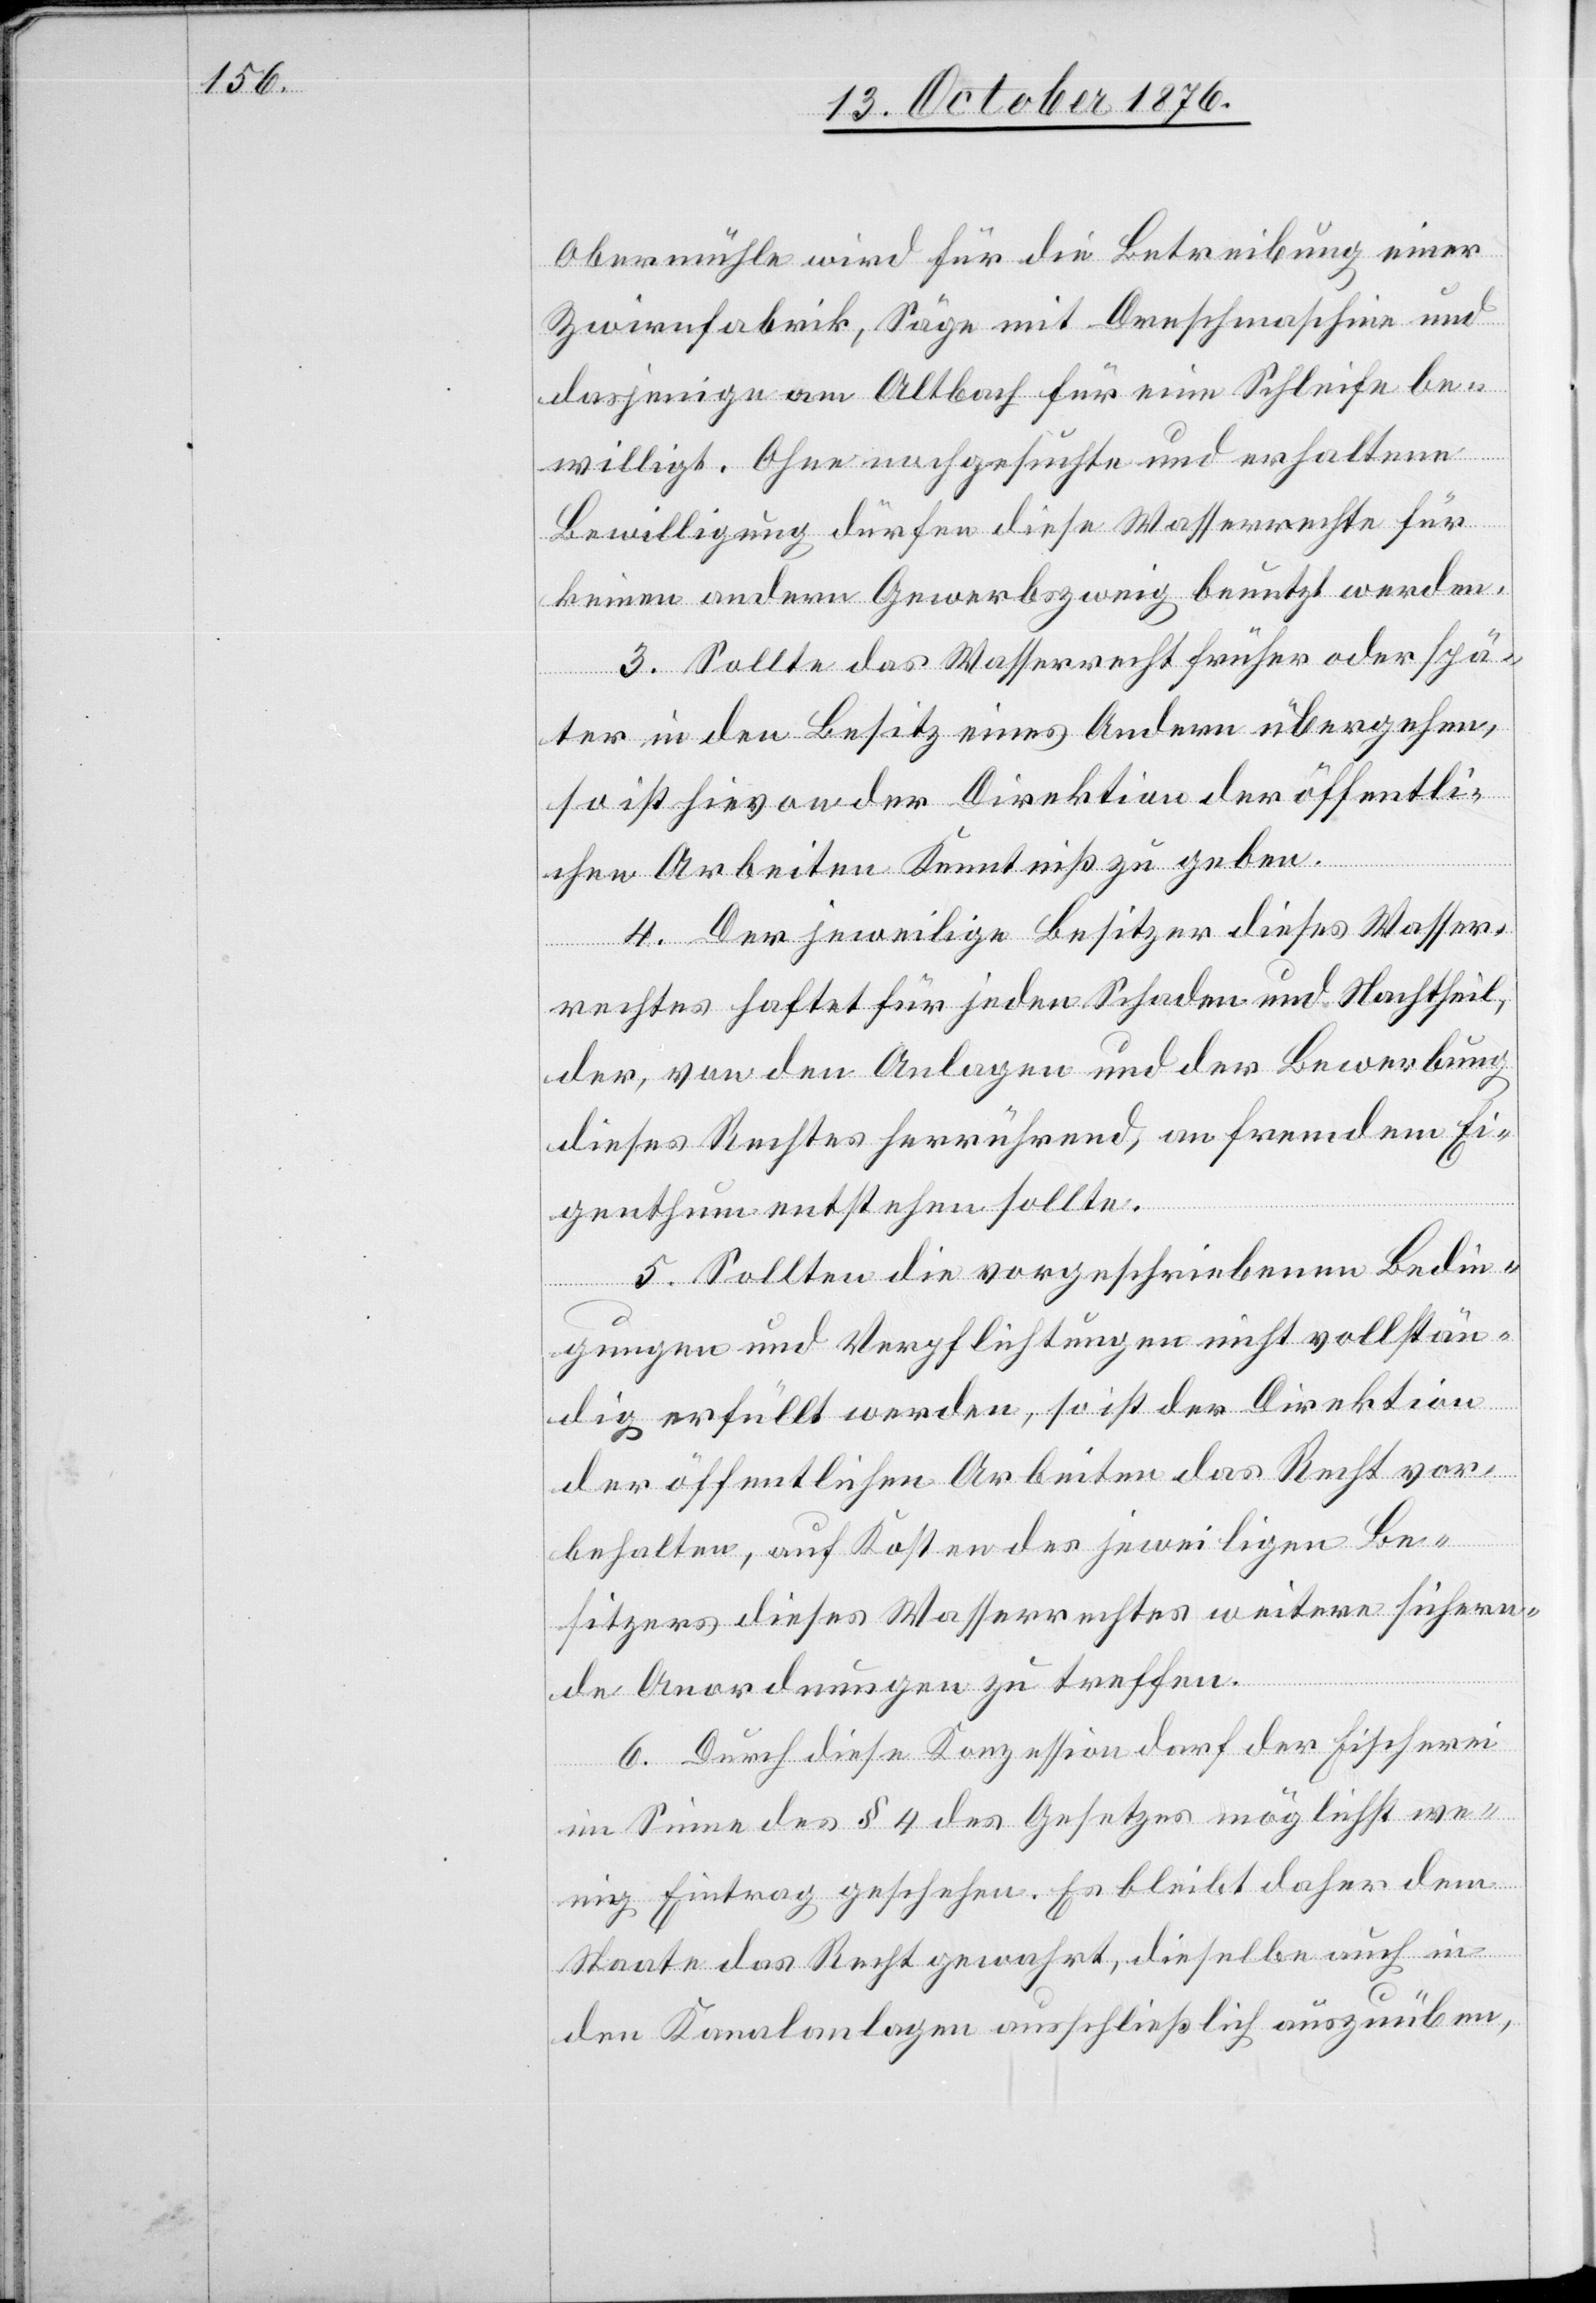
Obermühle wird für die Betreibung einer
Zwirnfabrik, Säge mit Dampfmaschine und
dasjenige am Altbach für eine Schleife be¬
willigt. Ohne nachgesuchte und erhaltene
Bewilligung dürfen diese Wasserrechte für
keinen andern Gewerbszweig benutzt werden.
3. Sollte das Wasserrecht früher oder spä¬
ter in den Besitz eines Andern übergehen,
so ist hievon der Direktion der öffentli¬
chen Arbeiten Kenntniß zu geben.
4. Der jeweilige Besitzer dieses Wasser¬
rechtes haftet für jeden Schaden und Nachtheil,
der, von den Anlagen und der Bewerbung
dieses Rechtes herrührend, an fremdem Ei¬
genthum entstehen sollte.
5. Sollten die vorgeschriebenen Bedin¬
gungen und Verpflichtungen nicht vollstän¬
dig erfüllt werden, so ist der Direktion
der öffentlichen Arbeiten das Recht vor¬
behalten, auf Kosten des jeweiligen Be¬
sitzers dieses Wasserrechtes weitere sichern¬
de Anordnungen zu treffen.
6. Durch diese Konzession darf der Fischerei
im Sinne des § 4 des Gesetzes möglichst we¬
nig Eintrag geschehen. Es bleibt daher dem
Staate das Recht gewahrt, dieselbe auch in
den Kanalanlagen ausschließlich auszuüben,